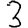
Digit: 3